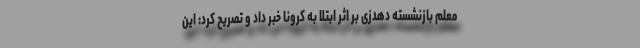
معلم بازنشسته دهدزی بر اثر ابتلا به کرونا خبر داد و تصریح کرد: این